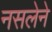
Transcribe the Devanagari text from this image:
नसलेने